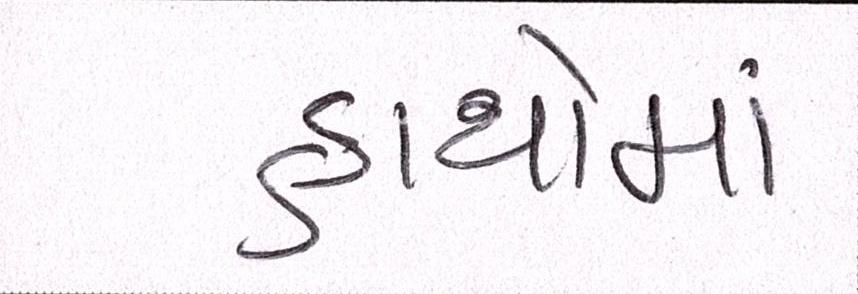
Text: હાથોમાં